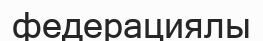
федерациялы